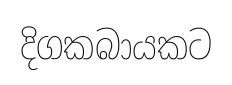
දිගකබායකට